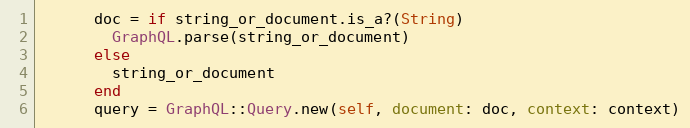
Language: Ruby
      doc = if string_or_document.is_a?(String)
        GraphQL.parse(string_or_document)
      else
        string_or_document
      end
      query = GraphQL::Query.new(self, document: doc, context: context)